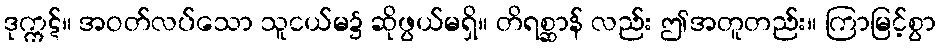
ဒုက္ကဋ်။ အဝတ်လပ်သော သူငယ်မ၌ ဆိုဖွယ်မရှိ။ တိရစ္ဆာန် လည်း ဤအတူတည်း။ ကြာမြင့်စွာ